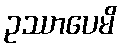
ဥဿာပေမိ